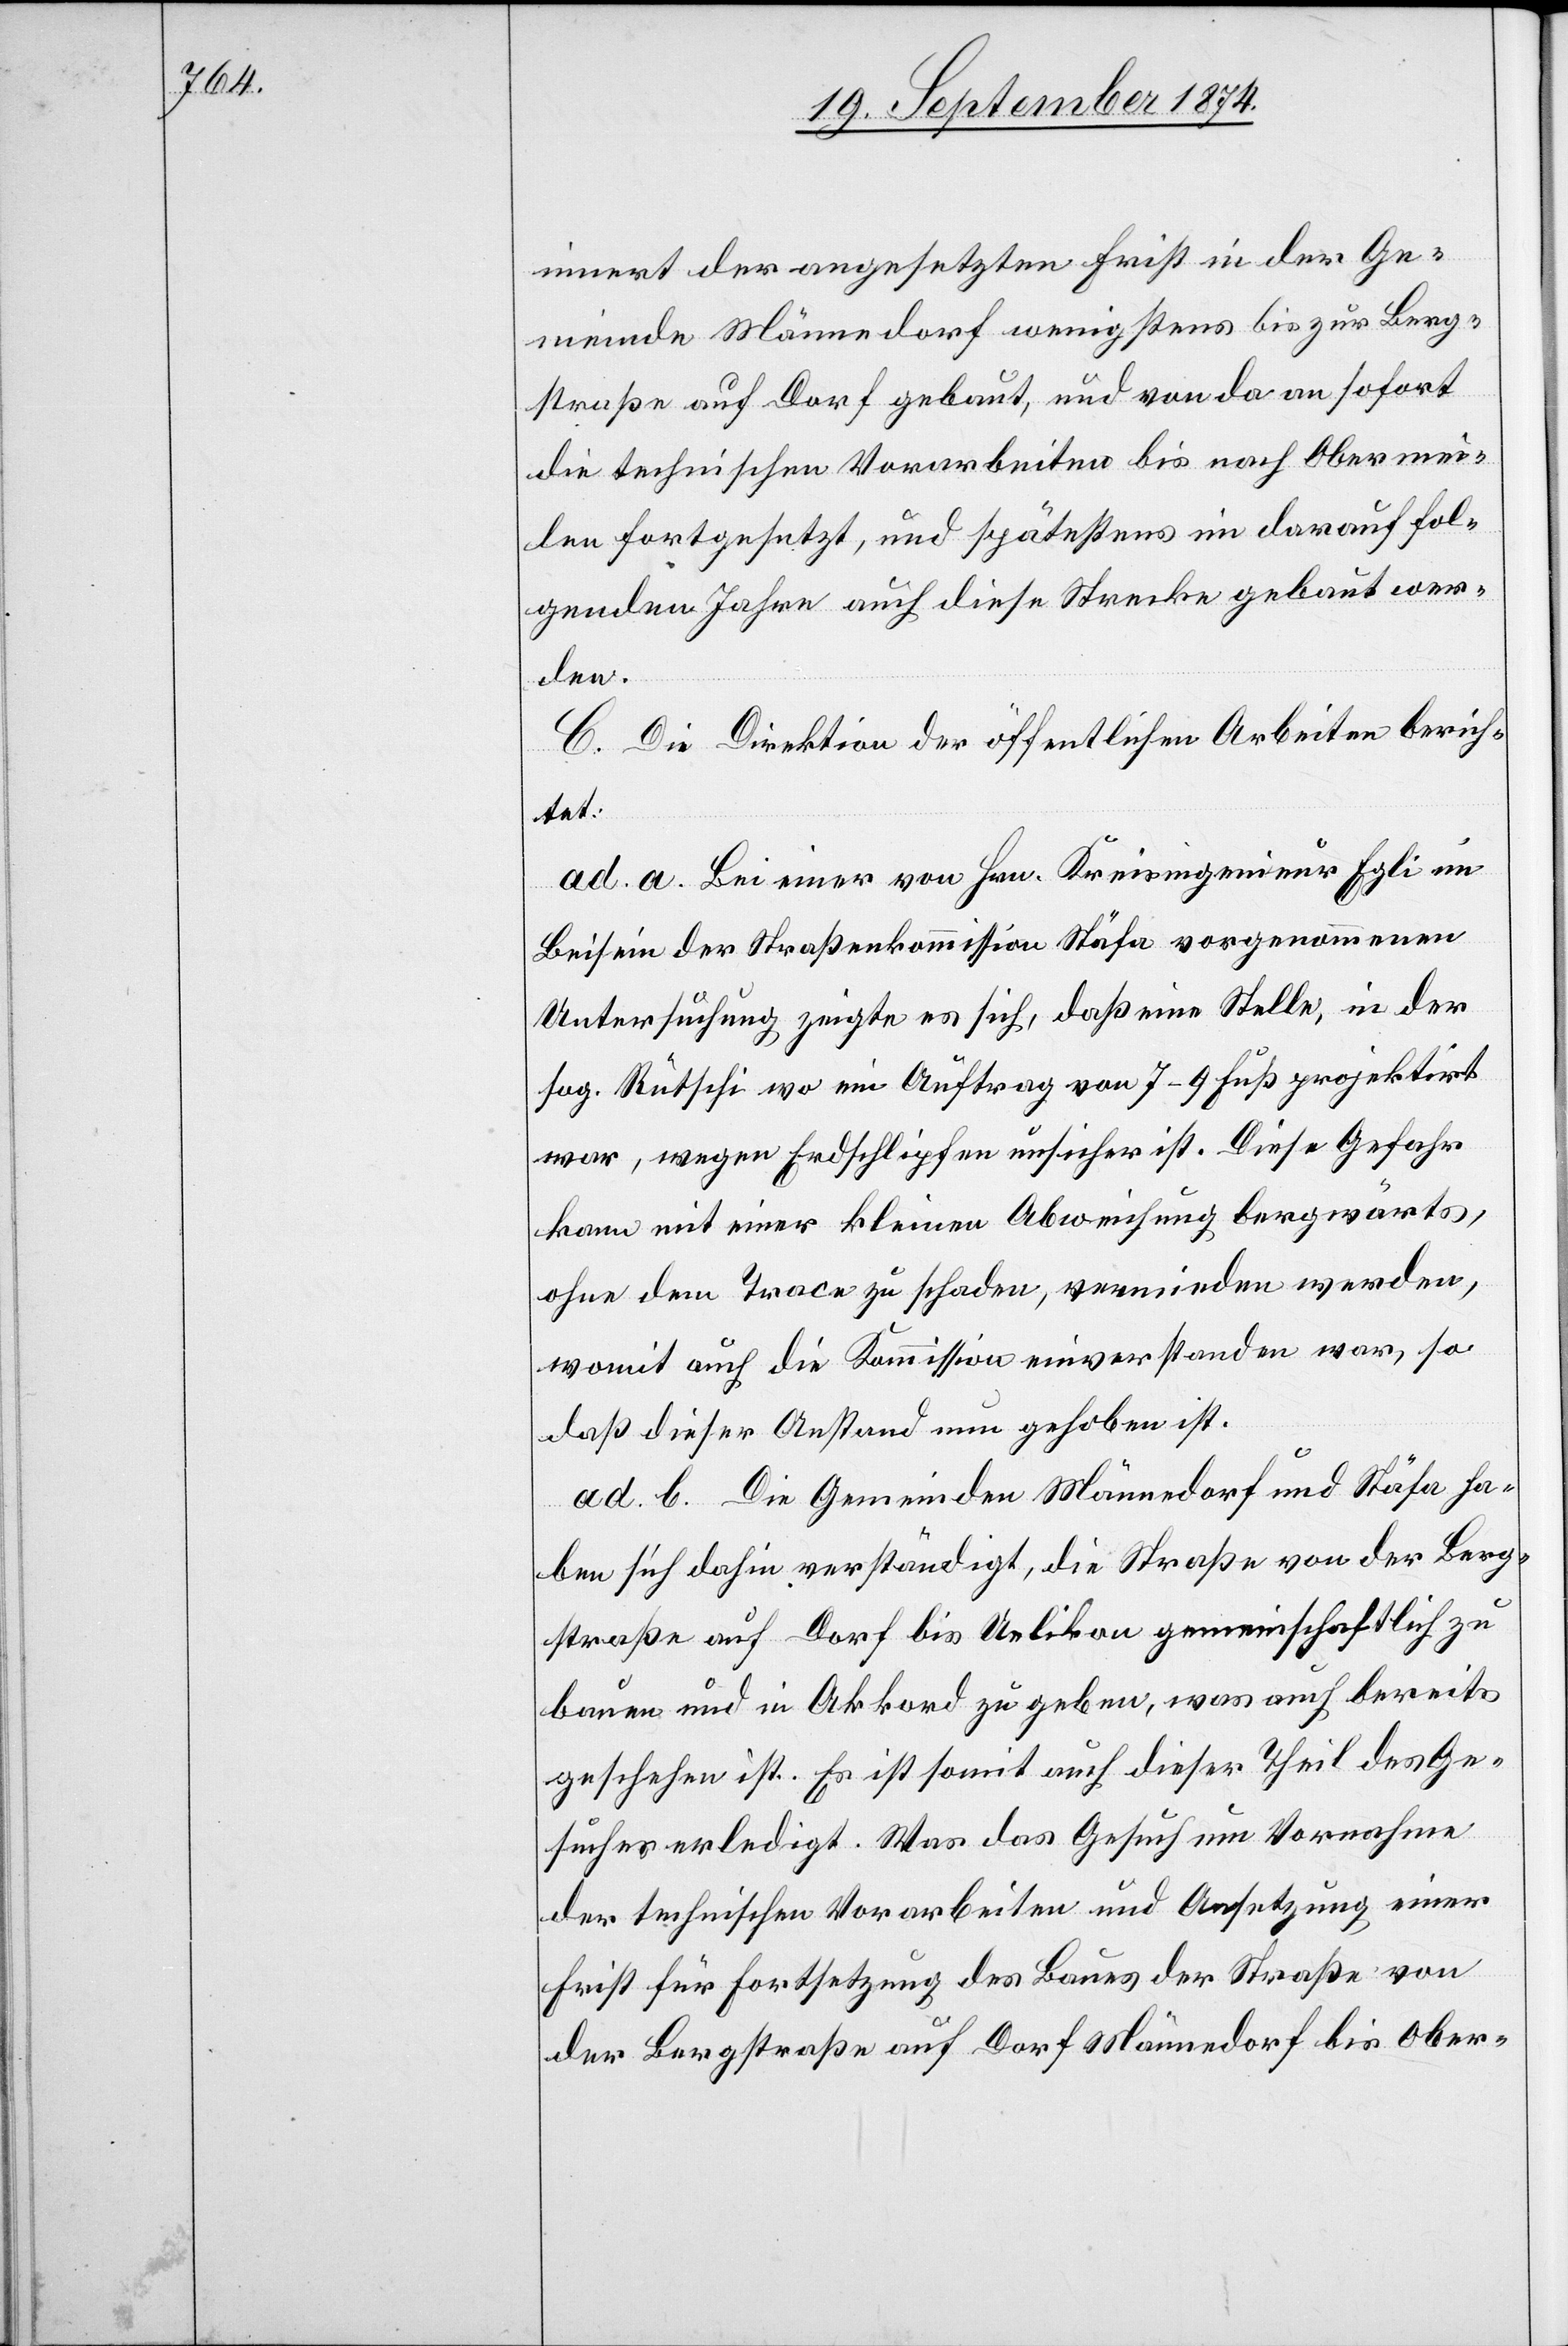
innert der angesetzten Frist in der Ge¬
meinde Männedorf wenigstens bis zur Berg¬
straße auf Dorf gebaut, und von da an sofort
die technischen Vorarbeiten bis nach Obermei¬
len fortgesetzt, und spätestens im darauf fol¬
genden Jahre auch diese Strecke gebaut wer¬
den.
C. Die Direktion der öffentlichen Arbeiten berich¬
tet:
ad. a. Bei einer von Hrn. Kreisingenieur Egli im
Beisein der Straßenkommission Stäfa vorgenommenen
Untersuchung zeigte es sich, daß eine Stelle, in der
sog. Rütschi wo ein Auftrag von 7–9 Fuß projektirt
war, wegen Erdschlipfen unsicher ist. Diese Gefahr
kann mit einer kleinen Abweichung bergwärts,
ohne dem Trace zu schaden, vermieden werden,
womit auch die Kommission einverstanden war, so
daß dieser Anstand nun gehoben ist.
ad. b. Die Gemeinden Männedorf und Stäfa ha¬
ben sich dahin verständigt, die Straße von der Berg¬
straße auf Dorf bis Uelikon gemeinschaftlich zu
bauen und in Akkord zu geben, was auch bereits
geschehen ist. Es ist somit auch dieser Theil des Ge¬
suches erledigt. Was das Gesuch um Vornahme
der technischen Vorarbeiten und Ansetzung einer
Frist für Fortsetzung des Baues der Straße von
der Bergstraße auf Dorf Männedorf bis Ober-